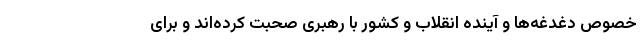
خصوص دغدغه‌ها و آینده انقلاب و کشور با رهبری صحبت کرده‌اند و برای